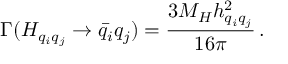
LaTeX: \Gamma ( H _ { q _ { i } q _ { j } } \rightarrow \bar { q } _ { i } q _ { j } ) = \frac { 3 M _ { H } h _ { q _ { i } q _ { j } } ^ { 2 } } { 1 6 \pi } \, .